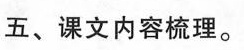
五、课本内容梳理。